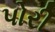
પોરી